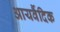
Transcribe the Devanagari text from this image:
आयर्वैदिक